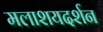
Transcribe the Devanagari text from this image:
मलाशयदर्शन